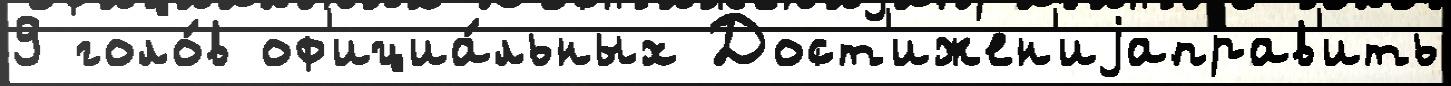
9 голо́в оф'ициа́льных Дост'ижен'иjаправ'ить